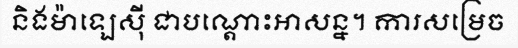
និងម៉ាឡេស៊ី ជាបណ្តោះអាសន្ន។ ការសម្រេច